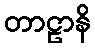
တာဠာနိ